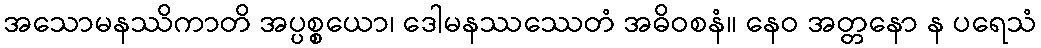
အသောမနဿိကာတိ အပ္ပစ္စယော၊ ဒေါမနဿဿေတံ အဓိဝစနံ။ နေဝ အတ္တနော န ပရေသံ